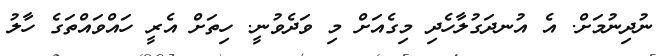
ނުދިނުމަށް. އެ އުނދަގުލާހެދި މިގެއަށް މި ވަދެވުނީ. ހިތަށް އެރީ ހައްވައްތަގެ ހާލު